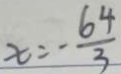
x = - \frac { 6 4 } { 3 }